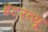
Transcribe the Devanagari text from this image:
इंटरव्‍यू